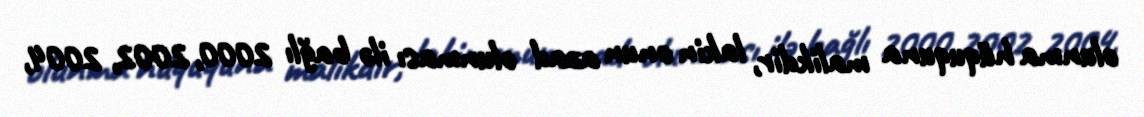
olunma hüququna malikdir, lakin onun azad olunması ilə bağlı 2000, 2002, 2004,